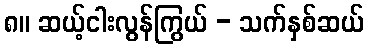
၈။ ဆယ့်ငါးလွန်ကြွယ် - သက်နှစ်ဆယ်